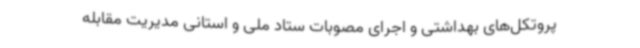
پروتکل‌های بهداشتی و اجرای مصوبات ستاد ملی و استانی مدیریت مقابله